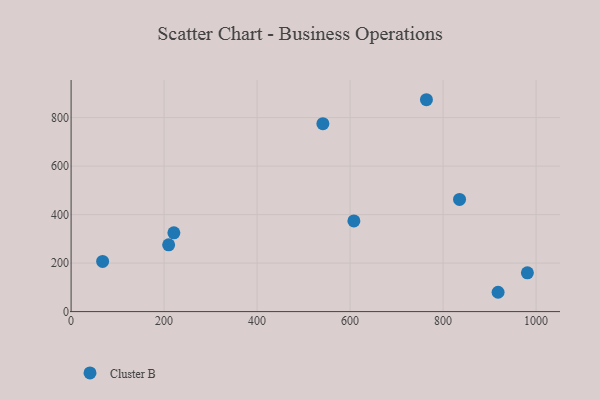
{"axis": {"x": "Experience", "y": "Demand"}, "legend": ["Cluster B"], "data": [{"x": "221.0", "y": 325.0, "type": "Cluster B"}, {"x": "209.8", "y": 275.4, "type": "Cluster B"}, {"x": "764.2", "y": 873.9, "type": "Cluster B"}, {"x": "981.3", "y": 159.8, "type": "Cluster B"}, {"x": "835.4", "y": 462.6, "type": "Cluster B"}, {"x": "918.3", "y": 79.7, "type": "Cluster B"}, {"x": "541.5", "y": 775.3, "type": "Cluster B"}, {"x": "608.2", "y": 374.0, "type": "Cluster B"}, {"x": "67.8", "y": 207.0, "type": "Cluster B"}]}